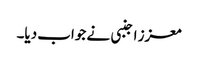
معزز اجنبی نے جواب دیا۔